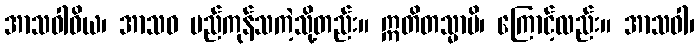
အာသဝါဝိယ၊ အာသဝ မည်ကုန်သကဲ့သို့တည်း။ ဣတိတသ္မာပိ၊ ကြောင့်လည်း။ အာသဝါ၊